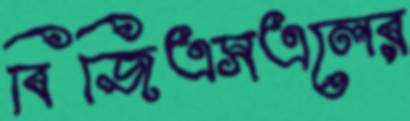
বিজিএসএলের